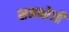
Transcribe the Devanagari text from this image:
समभोजी